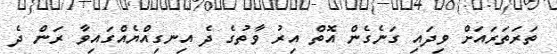
ތަރަތަރައަށް ވިދައި ގަނެގެން އޮތް އިރު ވާތުގެ ދެ އިނގިއްޔެއްގައިވާ ރަން ދެ